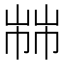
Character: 𢃷